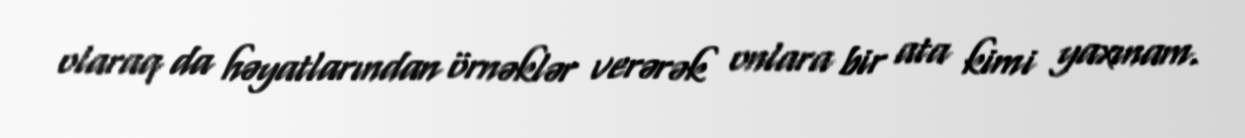
olaraq da həyatlarından örnəklər verərək onlara bir ata kimi yaxınam.